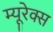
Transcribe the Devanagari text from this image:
म्यूरेक्स